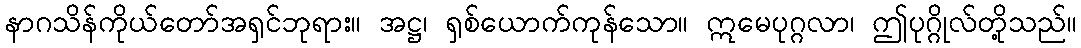
နာဂသိန်ကိုယ်တော်အရှင်ဘုရား။ အဋ္ဌ၊ ရှစ်ယောက်ကုန်သော။ ဣမေပုဂ္ဂလာ၊ ဤပုဂ္ဂိုလ်တို့သည်။